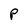
Character: P